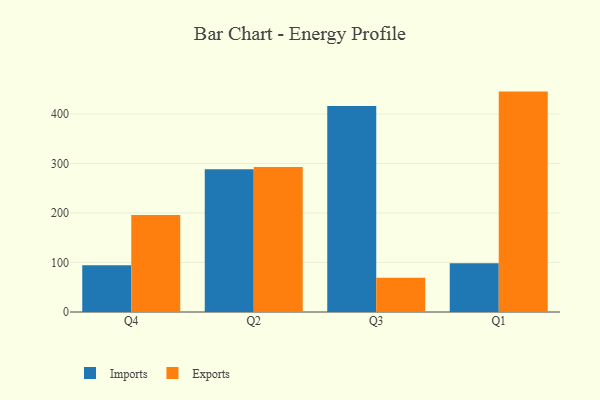
{"axis": {"x": "Quarter", "y": "Budget (USD K)"}, "legend": ["Exports", "Imports"], "data": [{"x": "Q4", "y": 94.3, "type": "Imports"}, {"x": "Q4", "y": 196.0, "type": "Exports"}, {"x": "Q2", "y": 288.4, "type": "Imports"}, {"x": "Q2", "y": 292.6, "type": "Exports"}, {"x": "Q3", "y": 416.0, "type": "Imports"}, {"x": "Q3", "y": 69.1, "type": "Exports"}, {"x": "Q1", "y": 98.3, "type": "Imports"}, {"x": "Q1", "y": 445.1, "type": "Exports"}]}